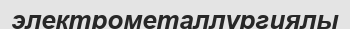
электрометаллургиялы